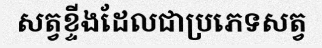
សត្វខ្ទីងដែលជាប្រភេទសត្វ